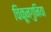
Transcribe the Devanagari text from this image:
चिकूनगुनिया